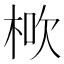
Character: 𣒱